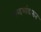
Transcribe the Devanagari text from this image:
शब्दभांडारात